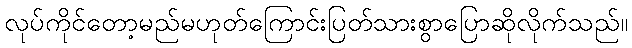
လုပ်ကိုင်တော့မည်မဟုတ်ကြောင်းပြတ်သားစွာပြောဆိုလိုက်သည်။